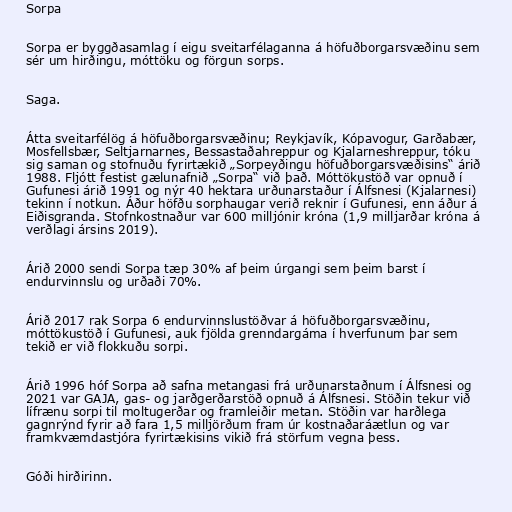
Sorpa

Sorpa er byggðasamlag í eigu sveitarfélaganna á höfuðborgarsvæðinu sem
sér um hirðingu, móttöku og förgun sorps.

Saga.

Átta sveitarfélög á höfuðborgarsvæðinu; Reykjavík, Kópavogur, Garðabær,
Mosfellsbær, Seltjarnarnes, Bessastaðahreppur og Kjalarneshreppur, tóku
sig saman og stofnuðu fyrirtækið „Sorpeyðingu höfuðborgarsvæðisins“ árið
1988. Fljótt festist gælunafnið „Sorpa“ við það. Móttökustöð var opnuð í
Gufunesi árið 1991 og nýr 40 hektara urðunarstaður í Álfsnesi (Kjalarnesi)
tekinn í notkun. Áður höfðu sorphaugar verið reknir í Gufunesi, enn áður á
Eiðisgranda. Stofnkostnaður var 600 milljónir króna (1,9 milljarðar króna á
verðlagi ársins 2019).

Árið 2000 sendi Sorpa tæp 30% af þeim úrgangi sem þeim barst í
endurvinnslu og urðaði 70%.

Árið 2017 rak Sorpa 6 endurvinnslustöðvar á höfuðborgarsvæðinu,
móttökustöð í Gufunesi, auk fjölda grenndargáma í hverfunum þar sem
tekið er við flokkuðu sorpi.

Árið 1996 hóf Sorpa að safna metangasi frá urðunarstaðnum í Álfsnesi og
2021 var GAJA, gas- og jarðgerðarstöð opnuð á Álfsnesi. Stöðin tekur við
lífrænu sorpi til moltugerðar og framleiðir metan. Stöðin var harðlega
gagnrýnd fyrir að fara 1,5 milljörðum fram úr kostnaðaráætlun og var
framkvæmdastjóra fyrirtækisins vikið frá störfum vegna þess.

Góði hirðirinn.